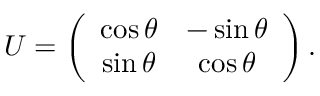
U = \left( \begin{array} { c c } { { \cos \theta } } & { { - \sin \theta } } \\ { { \sin \theta } } & { { \cos \theta } } \end{array} \right) .